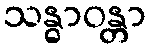
သန္ဓာဝန္တာ